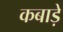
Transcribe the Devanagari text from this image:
कबाड़े